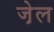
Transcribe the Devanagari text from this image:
जे़ल